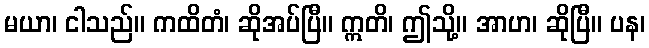
မယာ၊ ငါသည်။ ကထိတံ၊ ဆိုအပ်ပြီ။ ဣတိ၊ ဤသို့။ အာဟ၊ ဆိုပြီ။ ပန၊